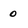
Character: O